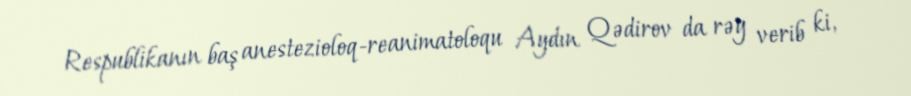
Respublikanın baş anestezioloq-reanimatoloqu Aydın Qədirov da rəy verib ki,